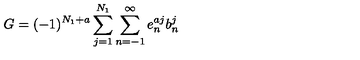
G = ( - 1 ) ^ { N _ { 1 } + a } \sum _ { j = 1 } ^ { N _ { 1 } } \sum _ { n = - 1 } ^ { \infty } e _ { n } ^ { a j } b _ { n } ^ { j }